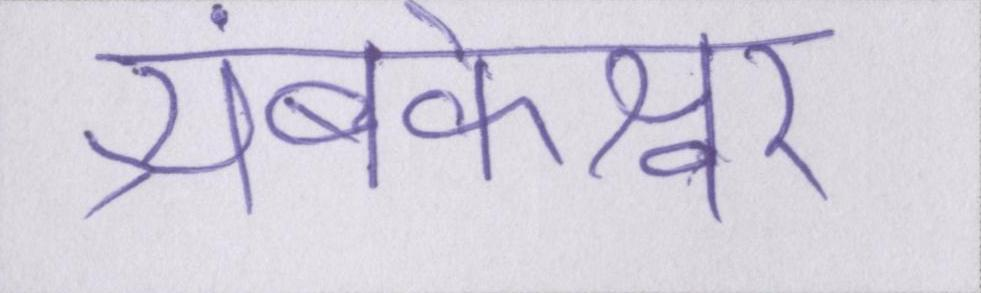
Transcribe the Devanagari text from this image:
त्र्यंबकेश्वर